[Report on the health of British troops in the Madras command]
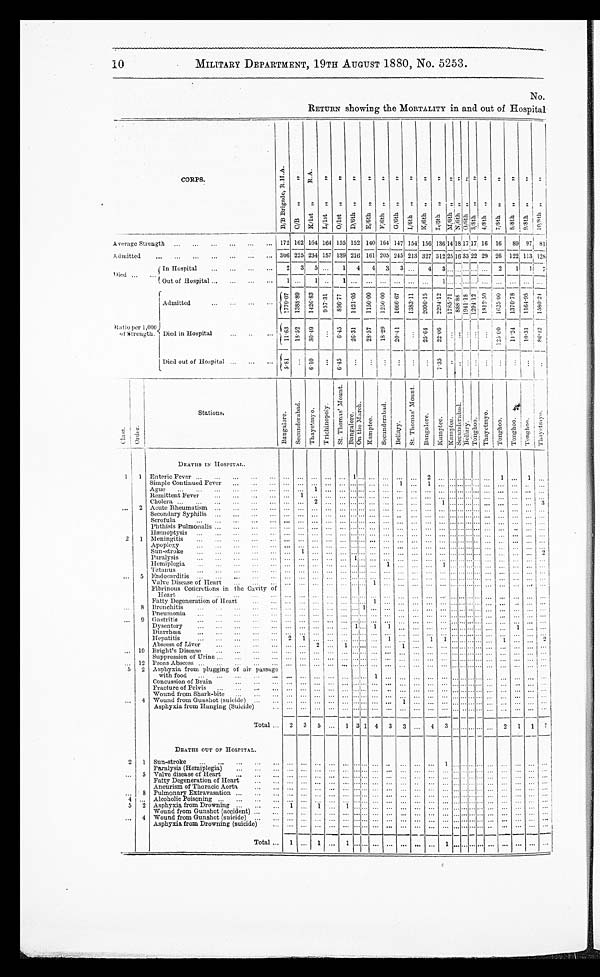
10
MILITARY DEPARTMENT, 19TH AUGUST 1880, No. 5253.
No.
RETURN showing the MORTALITY in and out of Hospital
CORPS.
B / B B r i g h a d e , R . H . A . C/ B , , , , K / 1 s t , , R . A
L/ 1s t , , , , O/ 1 s t , , , , D/ 1 t h , , , , E / t h , , , , F / 6 t h , , , , G/ 6 t h , , , , I / 6 t h , , , , K / 6 t h g , , , , I / 6 t h , , , ,
M / 6 t h , , , ,
N / 6 t h , , , ,
O / 6 t h , , , , 3 / 8 t h , , , ,
4 / 8 t h , , , , 7 / 8 t h , , , , 8 / 8 t h , , , , 9 / 8 t h , , , , 1 0 / 8 t h , , , ,
Average Strength
... ... ... ... ... 172 1621 164 164 155 152 140 164 147 154 156
13614
I
18
,17
17 16 16 89 97 81
Admitted
... ... ... ... ... ...
... 306
_ 225
__ 234
_ 157
_ 139
_ 216
_ 161
_ 205 245
___ 213
__
327 312
_ 25
_
16 33 22 29
_ 26
_ 122
__
113 128
Died ... ...
( In Hospital
... ... ...
... 2 3 5 ...
___ 1 4 4 3 3 ... 4 3 ...... ...
... ... 2
1 1 7
Out of Hospital ... ... ... ... 1 ... 1 ... 1 ... ... ... ... ... ... 1 ............... ... ... ... . . . ...
f
Admitted
... ... ... ...
1779. 07 1 3 8 8 . 8 9 1 4 2 6 . 8 3 957. 31 896. 77 1421. 05 1 1 5 0 . 0 0 1250. 00 1 6 6 6 . 6 7 1 3 8 3 . 1 1 2 0 9 6 . 1 5 2 2 9 4 . 1 2 1 7 8 5 . 7 1 8888. 88 1941. 18 1 2 9 4 . 1 2 1 8 1 2 . 5 0 1025. 00 1 3 7 0 . 7 8 1 1 6 4 . 9 5 1580. 24
Ratio per 1,000
of Strength. Died in Hospital
... ... ...
11.63 18. 52 3049 ... 6. 45 26. 31 28. 57 18. 29 20. 41
... 25.6422.06... ....... . . . ...125.00
1 0 . 2 4 10. 31
80. 42
Died out of Hospital .... ...
...
5. 81
... 5.10... 6.45 ... ... ... ... ...
...
7.35 . . . ... . . . ... ... ...
...
... ...
Classs.
O r d e r .
__
Stations,
Ba n g a l o r e .
S e e u n d e r a b a d .
T h a y e t m y o . T r i c h i n o p o l y .
S t . T h o m a s ' M o u n t .
Ba n g a l o r e .
O n t h e M a r c h .
K a m p t e e .
S e e u n d e a b a d .
B e l l a r y .
S t . T h o m a s ' m o u n t . Ba n g a l o r e . K A M P T E E . K a m p t e e .
S e e u n d e r a b a d .
Bel l l ar y.
To n g h o o .
T h a y e t my o .
To n g h o o .
To n g h o o .
T o n g h o o .
T h a y e t my o . 1
1 1
DEATHS IN HOSPOITAL.
Enteric Fever ... ... ...
... ...
... ... ... ... ...
1 ... ...
... ... 2
... ............... ... ... ... ...
Simple continued Fever ... ... ... ... ... ... ...
...... ... ... 1 ... 1 ... ............... ... ... ... ...
Ague ... ... ...
Remittent Fever
..,
...
. . . . . . ...
. . . . . . . . . ... ... ...
. . . . . . . . . . . . . . . . . . . . . ... . . . . . . . . . . . . . . . ...
Cholera ...
... ... ... ... ... ... ... ... ...
... ... ... ... ... ... ... ...... . . . . . . . . . . . . . . ... ... ... ... ... ...
,.. 2 Acute Rheumatism ... ... ... ... ... ... ... ... ... ... ... ... ... ... ... ... ... ...• ......... ... ... ... ... ...
Secondary Syphilis ... ... ... ... ... ... ... ... ... ... ... ... ... ... ... ... ...... ...... ... ... ... ... ... ...
Scrofula
... ...
... .... ... ... ... ... ... ... ... ... ...... ... ... ... ...... ........ ... ... ... ... ...
l'hthisis Pulmonalis ... ... ... ... ... ... ... ... ... ...... ... ... ... ... ... ... ... ............... ... ... ... ...
Hemioptysia ... ...
... ...... ... ... ... ... ... ... ... ... ... ... ... ...... .............. ... .... ... ... ... ...
2 1 Meningitis ...
... ... ... ... ...
... ... ... ... ... ... ... ... ... ... ... ... ...... ... ...
... ... ...
Apoplexy
... ... ... ... ... ... ... ...... .. ... ... ... ... ... ... ... ... ... ... ... ...... ...... ... ... ...
Sun-stroke ... . . . . . . . . . . . .
... 1 ... ... ... ... ... ... ... ... ... ... ... ... ...... . . . . . . . . . . . . . ... ... ... ... ... ...
Paralysis
. . . . . . . . . . . . . . .
... ... ... ...
...1 ... ... ... ... ... ... ... ... ............... ...
...
... ...
Hemiplegia . . . . . . . . . . . .
... ... ... ... ... ... ... ... ... 1 ... ... ... ... ... . . . . . . . . . . . . . . ... ...... ... ... ... ...
Tetanus
. . . . . . . . . . . . . . .
... ......... ... ... ... ... ... ... ... ... ... ... ... ...... .......... ....... ... ... ... ... ...
... 5 Endocarditis ... ... ...... ... ... ...... ... ... ... ... ... ... ... ... ... ... ... ............... ... ... ... ..
Valve Disease of Heart ... ....
. . . . . . . . . . ... . . . . . . ... ... ... ...... . . . . . . . .
... 1 . . . . . . ... .... ... ... ...... . . . . . . . . . . . . . . . . . . . . . . ... ... ... ...
I'ihrinous Concretions in the Cavity of
... ............ ...
Heart
... ... ... ... ... ..
... ... ...
...
••• •• ...... .
...
Fatty Degeneration of Heart ... ... ... ... ... ... ... ... ... ......
... ...... ... ...... ...... ......... ... ... ... ...
8 Bronchi t i s . . . . . . . . . . . . . . .
... ... . . . . . . . . . . . . ... ... . . . . . . . . ... ... .. 1
... .., ... ... ... ... . . . ...
. ... ... ... ...
Pneumonia ... . . . . . . . . . . . .
... ... ... ... ... ... ...
... ... ... ... ... ... ... ................ ... ... ... ...
... Gastritis
... ... ... ...
... ...... ... ... ... ... ...
... ... ... ... ... ... ... .... . . . . . . . . . . . . . . . . . . . . . . . . . . ... ... ... ... ...
Dysentery
... ... . . . . . . . . . ... ...... ... ... ... ... ... ...... ••• ••• 1
...
...
... ... ... ...
..........
... ... ... ... ...
1
... ...
Diarrhœa
. . . . . . . . . . . . . . .
... ... ... ... ... ... ... ... ... ... ... ...
. . . ...... . ... ...... ... ... ... ...
Hepatitis ... ... ... ... ... ... 2 1
...... ... ... ... ...
1 ... ... ... ... ............ ... ... ... ... ...
10
Abs c e s s of Li ve r . . . . . . . . . . . .
... ...2 ... ... ... ... ... ... ... ... ...
... ... ............... ... ... ... ...
Bright's Disease ... ... ... ... ... ... ...... ... ... ... ... ......
... ...
... ... ... ...... .......
......... ... ... ... ... ... ...
Suppression of Urine ... ... ... ... ... ......
... ... ... ...
...
...
... ... ... ...... ...... ............ ... ... ... ... ... ...
... 12 Psoas Abscess ... . . . . . . . . . . . .
... ...... ... ... ...
... ... ... ... ... ... ... ... ............... ... ... ... ...
5 2 Asphyxia from plugging of air passage
... ... ... ... ... ... ... ... ... ... ... ... ... ...... ............ ... ... ... ... ...
with food ... ... . . . . . . . . . ... . . . . . ... ... ... ... ... 1 ... ... ... ... ... ... ......... ... ... ... .... ... ... ...
Concussion of Brain ... ... ...
..... ......
... ... ... ... ... ... ... ... ... ... ... ... ... ... ....... .... ... ... ... ... ... ...
Fracture of Pelvis ... ... . ... ... ... ...... ... ... ...... ... ... ... ... ... ... ... ...... ... ...... ... ... ... ...
Wound from Shark-bite ... ... ... .... ...... ... ... ...... ... ... ... ... ... ... ... ... ... ... ... ... ... ... ... ...
... 4 Wound from Gunshot (suicide) ... ... ...... ...
... ... ... ... ... ... 1
... ... ... ... ... ... ... ... ... ... ... ...
Asphyxia from Hanging (Suicide) ... ...
........ ... ...
... ... ... ... ... ... ... ...
... ... ... ... ......... ......... ... ... ... ...
Total . . . 2 35
. . . 1 3 1 4 3
3 ... 4 3 ... ..... ............ ... ... 2 1
1 7
DEATHS OUT OF HOSPITAL.
2 1 Sun-stroke ... ... . . . . . . . . .
...
. . . . . .
...
. . . ...
. . .
... ...
. . . . . . . . . . . . . . . . . . . . .
... . . . . . . . . . . . . . . . . . .
Paralysis (Hemiplegia)
. . . . . . . . . . ... ...... ... ... ... ... ... ... ... ... ... ... ... ............... ... ...
... ...
... 5 Valve disease of Heart ... ... ... ... ...... ... ... ... ... ... •••
... ... ... ... ... ... ... ...... ... ... ... ... ... ... ...
Fatty Degeneration of Heart ... ... ... ...... ...
... ...... ... .... ... ... ... ... ... ............... ...
... ... ...
Aneurism of Thoracic Aorta
... ...... ...
... ... ... ... ...
...
... ... ... ... .......... ... ... ...
... ... ...
... 8 Pulmonary Extravasation . . . . . . . . . ... ... ......
... ... . ... ... -
... ...
... ... ... ... ... .... ... ... ... ...
... ... ...
4 ... Alcoholic Poisoning ... ... ... ... ...... ...
... ... ... ... ...
...
... ... ... ... ... ... ... ... ...
... ... ...
...
5 2 Asphyxia from Drowning . . . . . . . . . 1 ...1 ... 1 ... ... ... ...
... ... ...
... .... ............... ...
... ... ...
Wound from Gunshot (accident) ... ... ... ... ... ...
... ...... ... •• ... ...
... ... ...
... ...... .............
.........
... ... ... ...
...
... 4 Wound from Gunshot (suicid
) ... ...
... ...... .... ... ... ... ... ... ... ... ... ... ... ... ... ... ... ... ... ...
... ... ... ...
Asphyxia from Drowning (suicide) ... ... ......
...
.... ... ... ... ...
... ... ... . . . ...... ... ... ... ... ... ... ... ...
Total...
1 ... 1 ... 1 ... ... ... ... ... ... ... 1 ............... ... ... ... ...